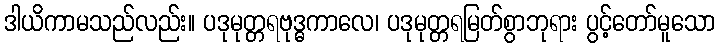
ဒါယိကာမသည်လည်း။ ပဒုမုတ္တရဗုဒ္ဓကာလေ၊ ပဒုမုတ္တရမြတ်စွာဘုရား ပွင့်တော်မူသော